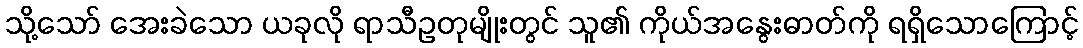
သို့သော် အေးခဲသော ယခုလို ရာသီဥတုမျိုးတွင် သူ၏ ကိုယ်အနွေးဓာတ်ကို ရရှိသောကြောင့်